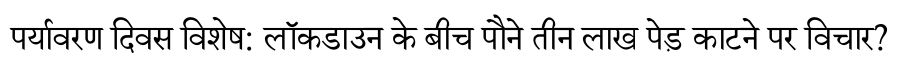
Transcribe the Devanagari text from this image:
पर्यावरण दिवस विशेष: लॉकडाउन के बीच पौने तीन लाख पेड़ काटने पर विचार?